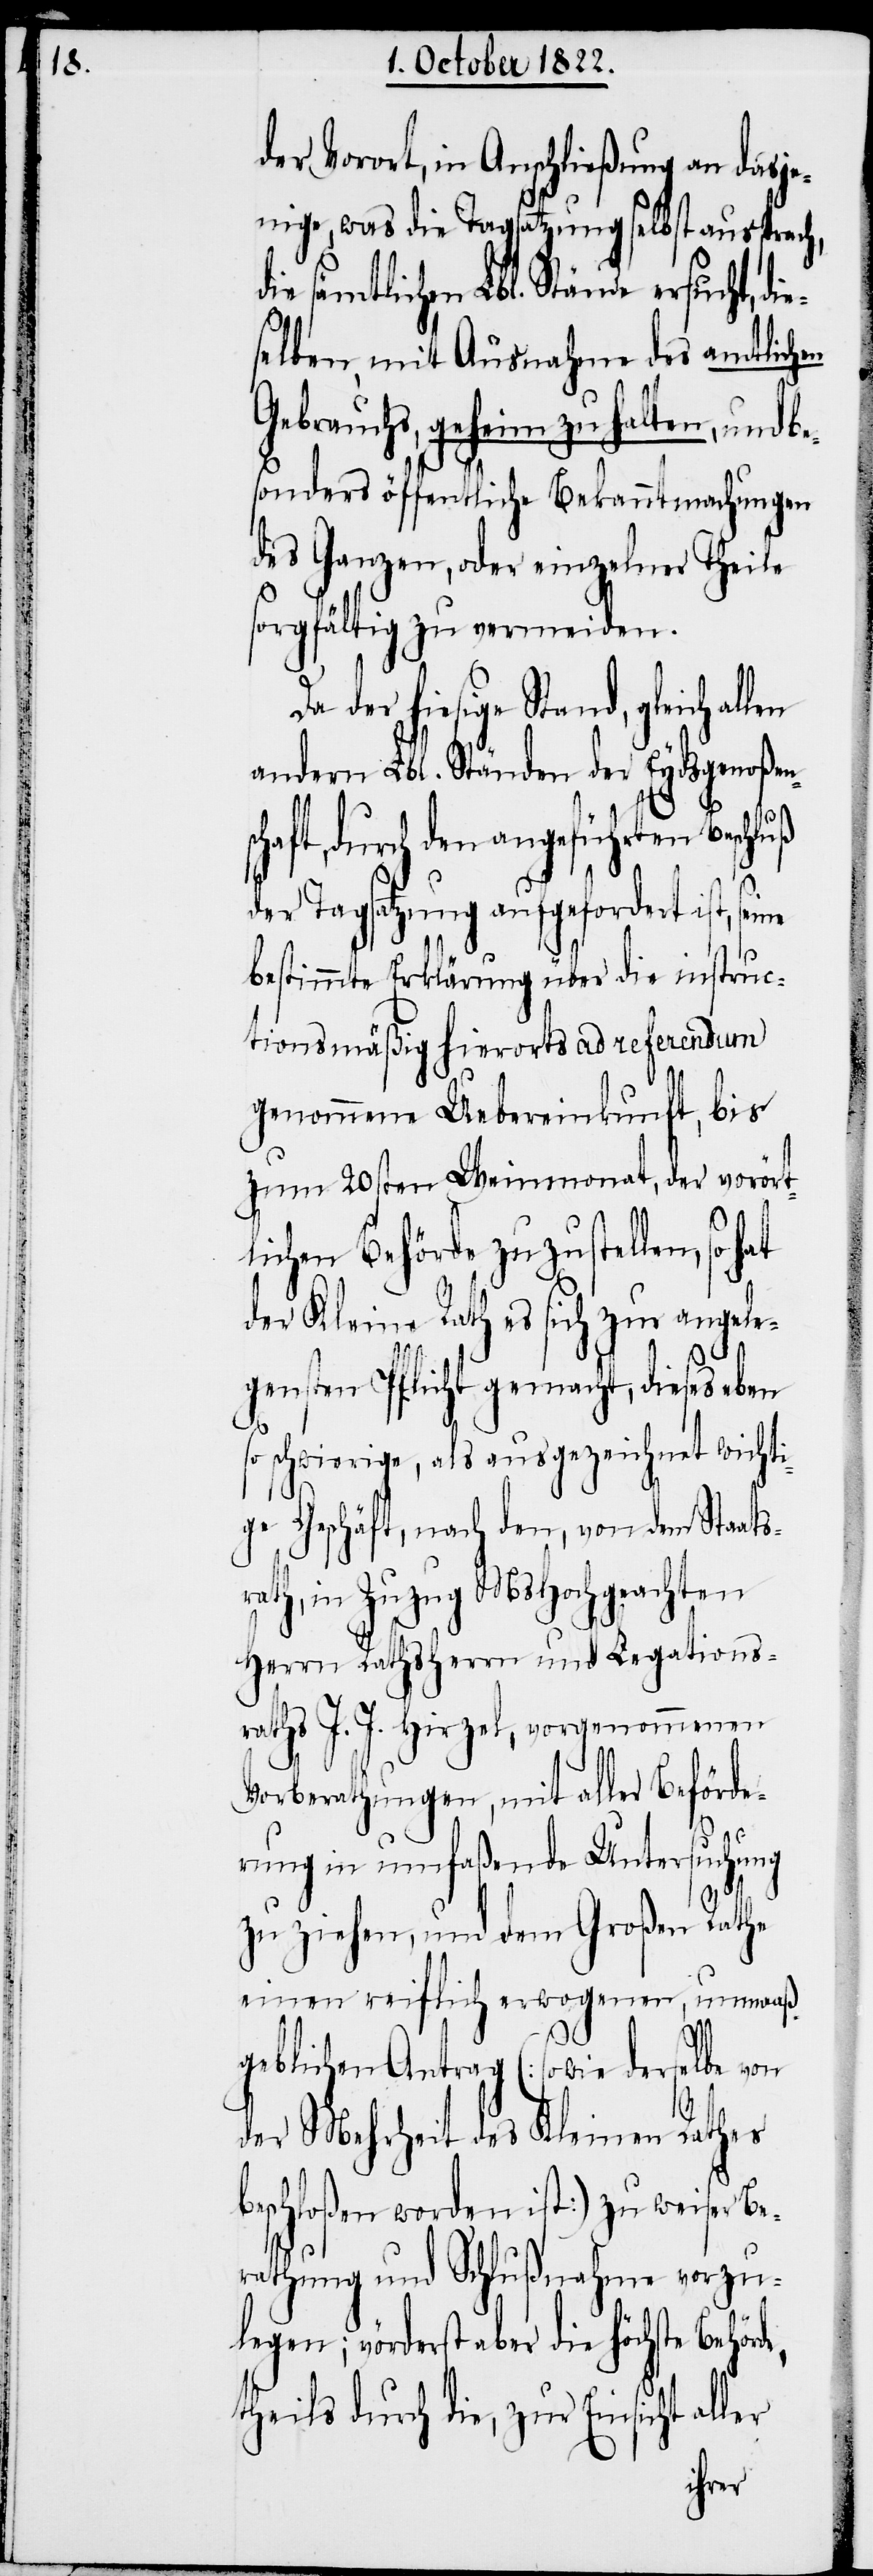
der Vorort, in Anschließung an dasje¬
nige, was die Tagsatzung selbst aussprach,
sämtlichen Lbl. Stände ersucht,
elben, mit Ausnahme des amtlichen
Gebrauchs, geheim zu halten, und
sonders öffentliche Bekanntmachungen
des Ganzen, oder einzelner Theile
sorgfältig zu vermeiden.
Da der hiesige Stand, gleich
andern Lbl. Ständen der Eydsgenoßen¬
haft, durch den angeführten Beschluß
der Tagsatzung aufgefordert ist,
bestimmte Erklärung über die instruc¬
tionsmäßig hierorts ad referendum
genommene Uebereinkunft, bis
zum 20sten Weinmonat, der vorört¬
lichen Behörde zuzustellen, so
der Kleine Rath es sich zur angele¬
gensten Pflicht gemacht, dieses eben
so schwierige, als ausgezeichnet wichti¬
ge Geschäft, nach den, von dem Staats¬
ath, in Zuzug MsHochgeachten
Herrn Rathsherrn und Legations¬
raths J. J. Hirzel, vorgenommenen
Vorberathungen, mit aller Beförde¬
ler
rung in umfaßende Untersuchung
r¬
zu ziehen, und dem Großen Rathe
einen reiflich erwogenen, unmaaß¬
geblichen Antrag (sowie derselbe von
der Mehrheit des Kleinen Rathes
beschloßen worden ist) zu weiser Be¬
rathung und Schlußnahme vorzu¬
legen; vörderst aber die höchste Behör¬
theils durch die, zur Einsicht al¬